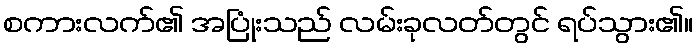
စကားလက်၏ အပြုံးသည် လမ်းခုလတ်တွင် ရပ်သွား၏။